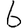
Digit: 6